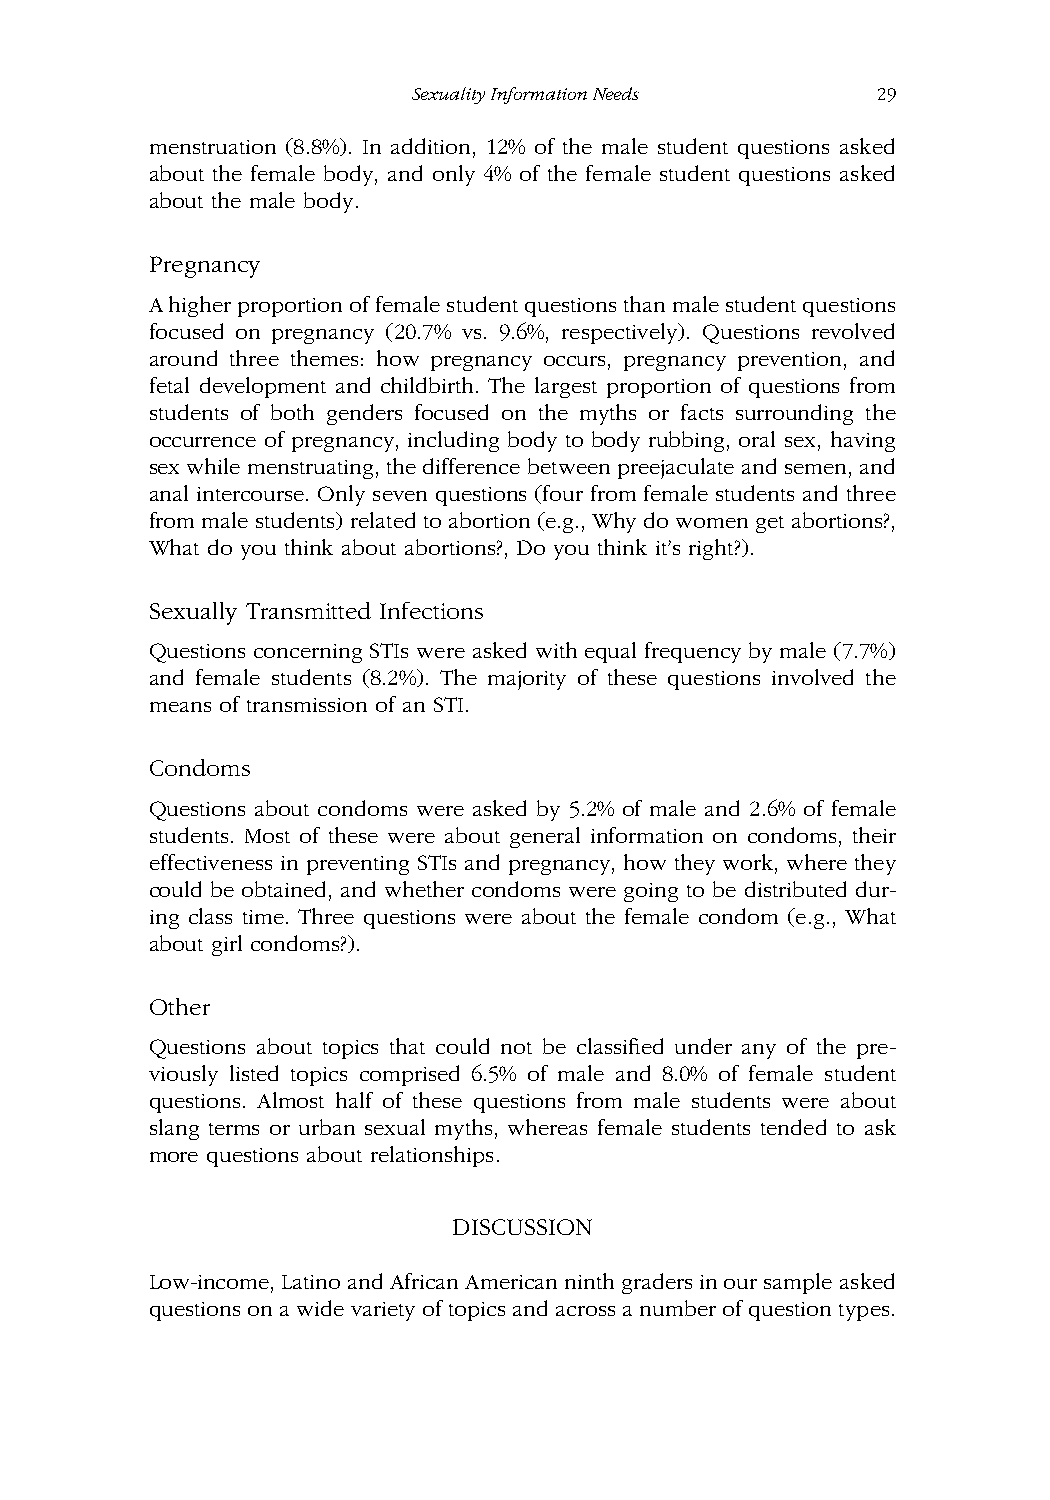
SexualityInformationNeeds      29
 menstruation (8.8%). In addition, 12% of the male student questions asked
 about the female body, and only 4% of the female student questions asked
 about the male body.
 Pregnancy
 Ahigherproportionoffemalestudentquestionsthanmalestudentquestions
 focused on pregnancy (20.7% vs. 9.6%, respectively). Questions revolved
 around three themes: how pregnancy occurs, pregnancy prevention, and
 fetal development and childbirth. The largest proportion of questions from
 students of both genders focused on the myths or facts surrounding the
 occurrence of pregnancy, including body to body rubbing, oral sex, having
 sexwhilemenstruating,thedifferencebetweenpreejaculateandsemen,and
 anal intercourse. Only seven questions (four from female students and three
 from male students) related to abortion (e.g., Why do women get abortions?,
 What do you think about abortions?, Do you think it’s right?).
 Sexually Transmitted Infections
 Questions concerning STIs were asked with equal frequency by male (7.7%)
 and female students (8.2%). The majority of these questions involved the
 means of transmission of an STI.
 Condoms
 Questions about condoms were asked by 5.2% of male and 2.6% of female
 students. Most of these were about general information on condoms, their
 effectiveness in preventing STIs and pregnancy, how they work, where they
 could be obtained, and whether condoms were going to be distributed dur-
 ing class time. Three questions were about the female condom (e.g., What
 about girl condoms?).
 Other
 Questions about topics that could not be classified under any of the pre-
 viously listed topics comprised 6.5% of male and 8.0% of female student
 questions. Almost half of these questions from male students were about
 slang terms or urban sexual myths, whereas female students tended to ask
 more questions about relationships.
 DISCUSSION
 Low-income,LatinoandAfricanAmericanninthgradersinoursampleasked
 questionson a widevariety of topics and across a number of questiontypes.